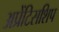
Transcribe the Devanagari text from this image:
अप्रेंटिसशिप